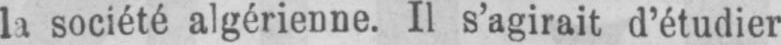
la société algérienne. Il s’agirait d’étudier